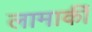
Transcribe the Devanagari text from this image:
लामार्की